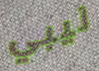
ليبي